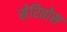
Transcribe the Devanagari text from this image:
सेरितोस